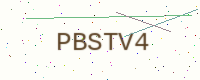
Text: PBSTV4